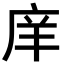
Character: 庠